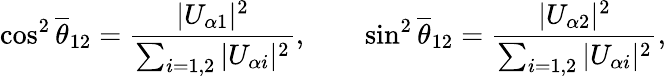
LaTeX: \cos^{2}\overline{{{\theta}}}_{12}=\frac{|U_{{\alpha}1}|^{2}}{\sum_{i=1,2}|U_{{\alpha}i}|^{2}},\qquad\sin^{2}\overline{{{\theta}}}_{12}=\frac{|U_{{\alpha}2}|^{2}}{\sum_{i=1,2}|U_{{\alpha}i}|^{2}},